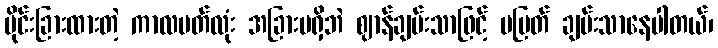
ပိုင်းခြားထားတဲ့ ကာလပတ်လုံး အခြားမရှိဘဲ ဈာန်ချမ်းသာဖြင့် မပြတ် ချမ်းသာနေပါတယ်၊